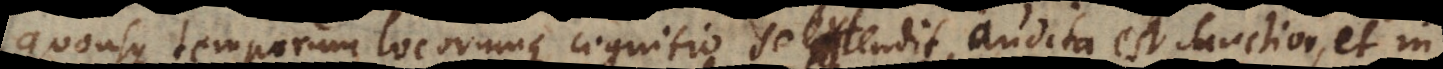
quousque temporum locorumque cognitio se extendit, audita est sanctior, et in